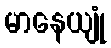
မာနေယျုံ